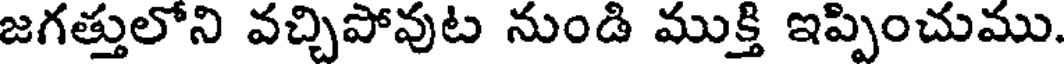
జగత్తులోని వచ్చిపోవుట నుండి ముక్తి ఇప్పించుము.